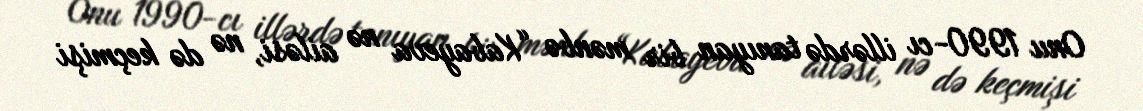
Onu 1990-cı illərdə tanıyan bir mənbə “Kabayeva nə ailəsi, nə də keçmişi